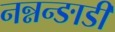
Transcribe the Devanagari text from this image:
नन्नन्ङाडी